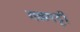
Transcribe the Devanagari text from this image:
गळपट्टी